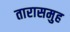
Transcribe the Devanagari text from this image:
तारासमुह